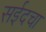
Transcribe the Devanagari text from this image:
सईदचा